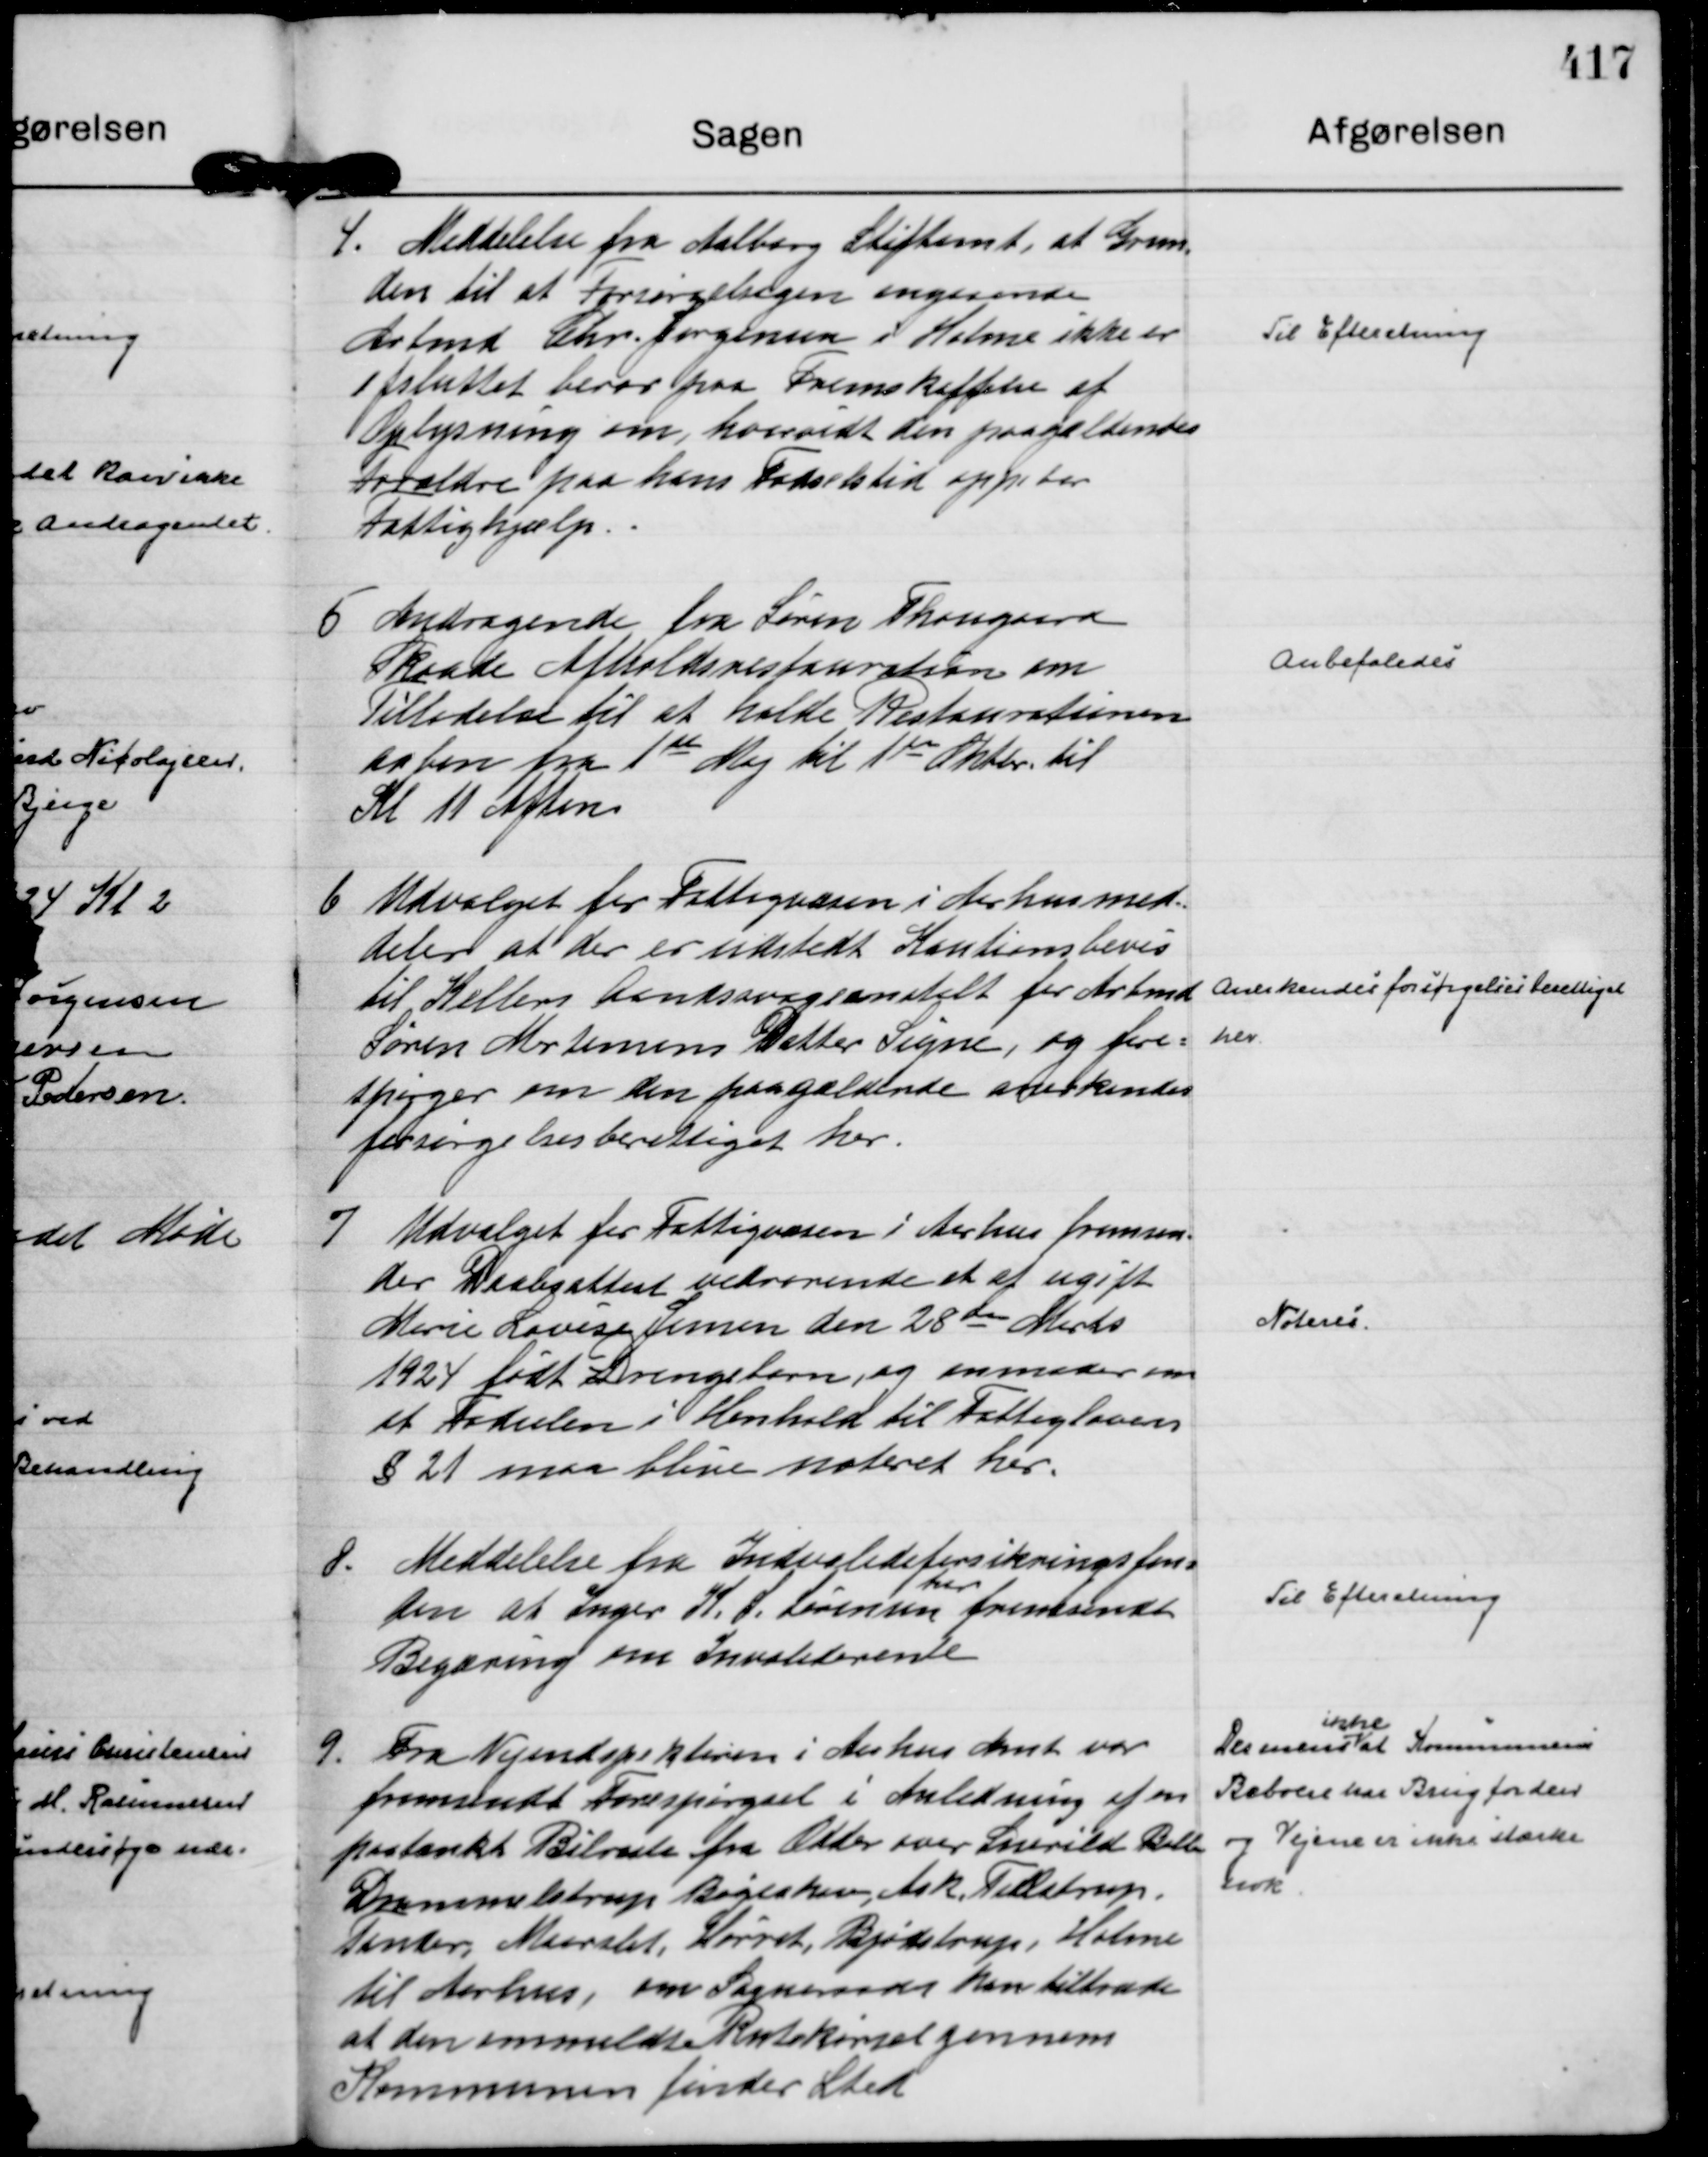
Transskription:
4.
Meddelelse fra Aalborg Stiftamt, at Grun-
den til at Forsørgelsagen angaaende
Arbmd Chr. Jørgensen i Holme ikke er
afsluttet beror paa Fremskaffelse af
Oplysning om, hvorvidt den paagældendes
Forældre paa hans Fødselstid oppebar
Fattighjælp. .

Til Efteretning

5
Andragende fra Søren Thougaard
Skaade Afholdsrestauration om
Tilladelse til at holde Restaurationen
aaben fra 1 ste Maj til 1 ste Oktbr. til 
Kl 11 Aften

Anbefales

6
Udvalget for Fattigvæsen i Aarhus med=
deler at der er udstedt Kautionsbevis
til Kellers Aandssvageanstalt for Arbmd
Søren Mortensens Datter Signe, og fore=
spørger om den paagældende anerkendes
forsørgelsesberettiget her.

Anerkendes forsørgelsesberettiget
her.

7
Udvalget for Fattigvæsen i Aarhus fremsen-
der Daabsattest vedrørende et af ugift
Marie Lovise Jensen den 28 de Marts
1924 født Drengebarn, og anmoder om
at Fødselen i Henhold til Fattiglovens
§ 21 maa blive noteret her.

Noteres.

8.
Meddelelse fra Indvalideforsikringsfon=
den at Inger K. S. Sørensen
har
fremsendt
Begæring om Invaliderente

Til Efteretning

9.
Fra Vejindspektøren i Aarhus Amt var
fremsendt Forespørgsel i Anledning af en
paatænkt Bilrute fra Odder over Snerild Bakke
Drammelstrup Bøgeskov, Ask, Tulstrup,
Tander, Maarslet, Hørret, Bjødstrup, Holme
til Aarhus, om Sogneraadet kan tiltræde
at den ommeldte Rutekørsel gennem
Kommunen finder Sted

Des mens
ikke
at Kommunens
Beboere har Brug for den
og Vejene er ikke stærke
nok.